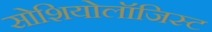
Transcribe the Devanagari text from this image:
सोशियोलॉजिस्ट